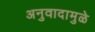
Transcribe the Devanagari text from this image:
अनुवादामुळे